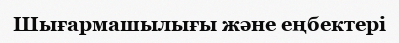
Шығармашылығы және еңбектері